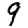
Digit: 9